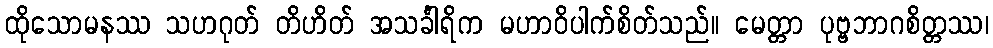
ထိုသောမနဿ သဟဂုတ် တိဟိတ် အသင်္ခါရိက မဟာဝိပါက်စိတ်သည်။ မေတ္တာ ပုဗ္ဗဘာဂစိတ္တဿ၊